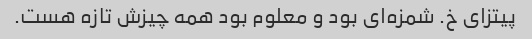
پیتزای خ. شمزه‌ای بود و معلوم بود همه چیزش تازه هست.